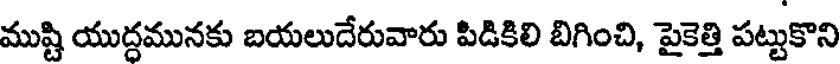
ముష్టి యుద్దమునకు బయలుదేరువారు పిడికిలి బిగించి, పైకెత్తి పట్టుకొని